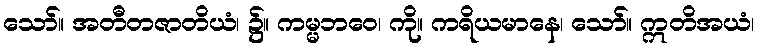
သော်။ အတီတဇာတိယံ၊ ၌။ ကမ္မဘဝေ၊ ကို။ ကရိယမာနေ၊ သော်။ ဣတိအယံ၊